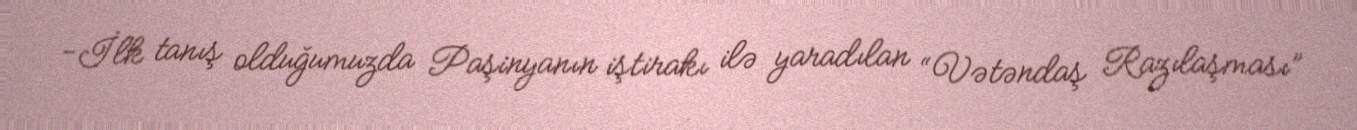
-İlk tanış olduğumuzda Paşinyanın iştirakı ilə yaradılan “Vətəndaş Razılaşması”